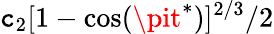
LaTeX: \mathtt{c}_{2}[1-\cos(\pit^{*})]^{2/3}/2